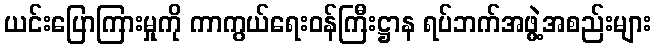
ယင်းပြောကြားမှုကို ကာကွယ်ရေးဝန်ကြီးဋ္ဌာန ရပ်ဘက်အဖွဲ့အစည်းများ